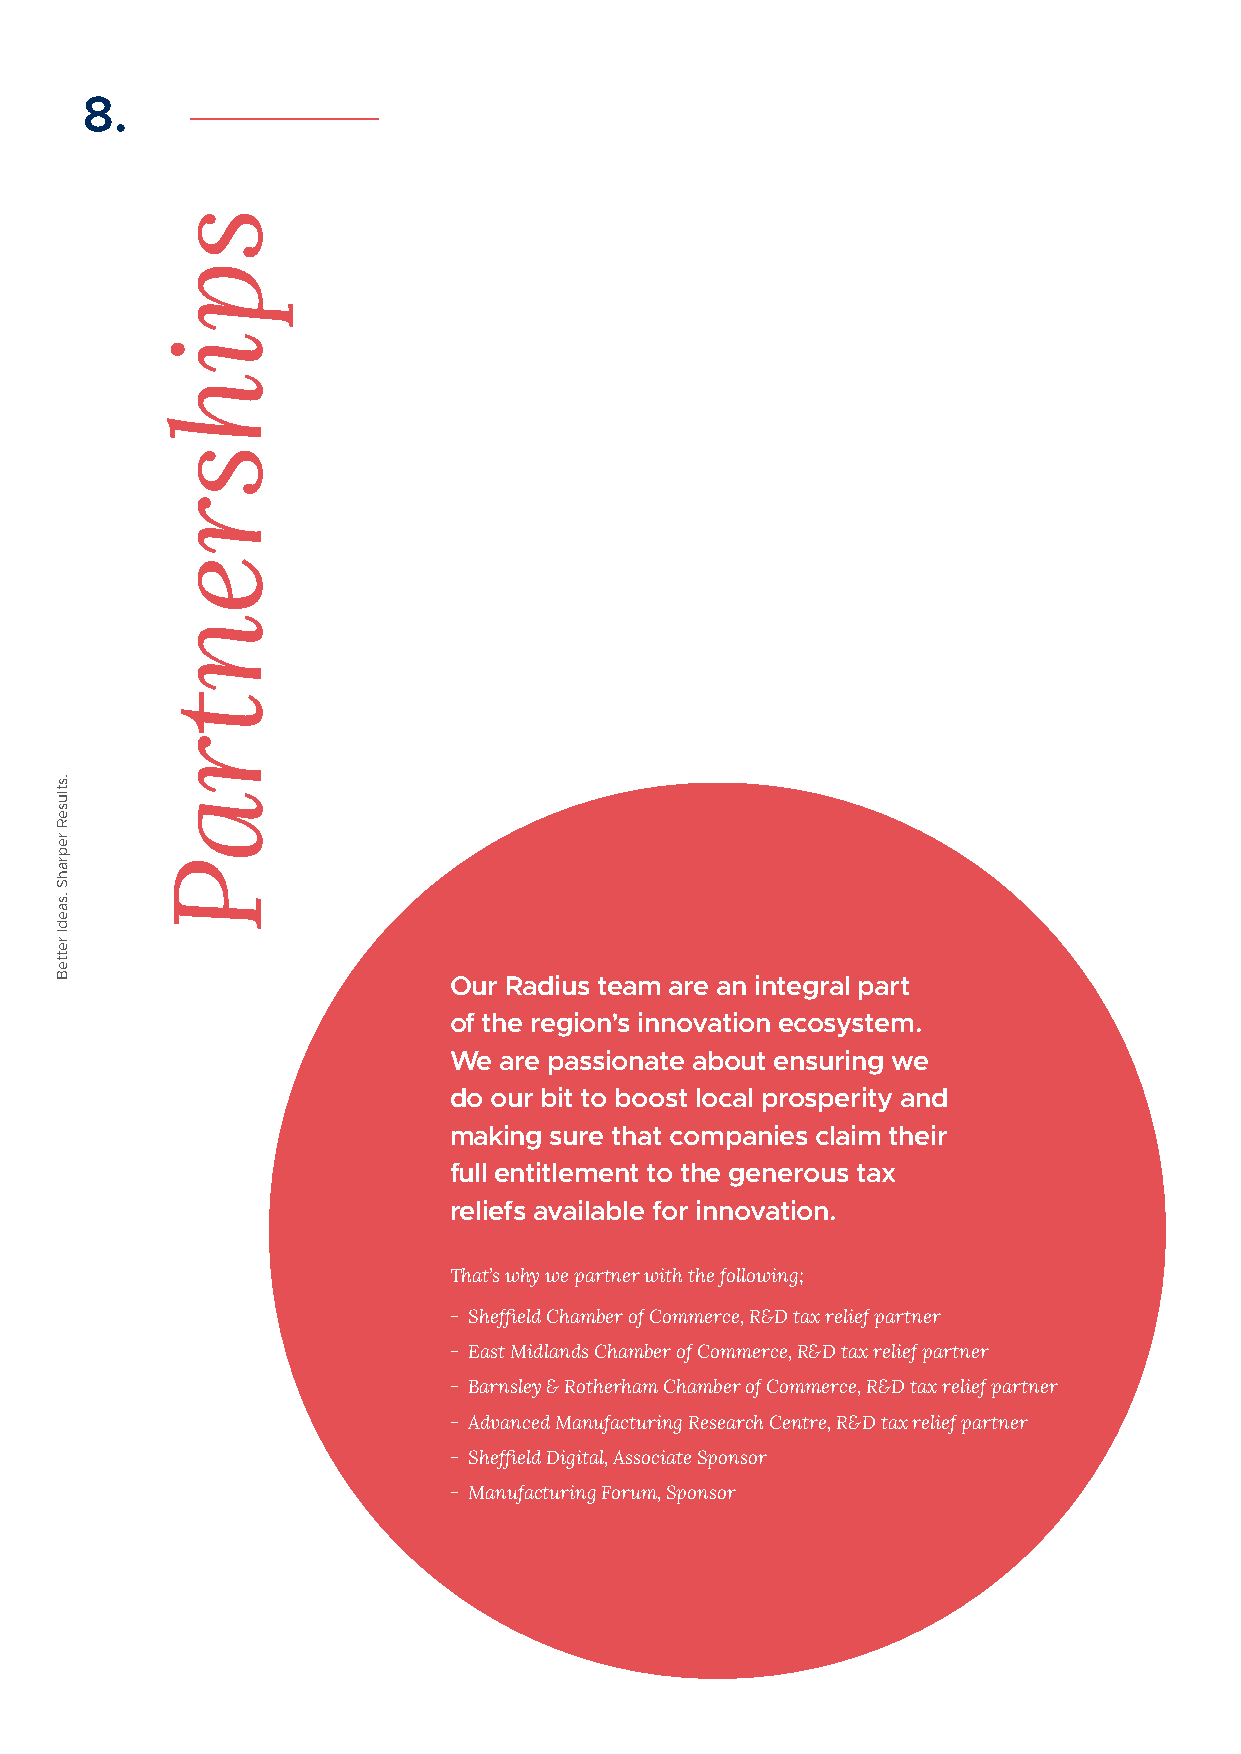
8.
 Our Radius team are an integral part
 of the region’s innovation ecosystem.
 We are passionate about ensuring we
 do our bit to boost local prosperity and
 making sure that companies claim their
 full entitlement to the generous tax
 reliefs available for innovation.
 That’s why we partner with the following;
 - Sheffield Chamber of Commerce, R&D tax relief partner
 - East Midlands Chamber of Commerce, R&D tax relief partner
 - Barnsley & Rotherham Chamber of Commerce, R&D tax relief partner
 - Advanced Manufacturing Research Centre, R&D tax relief partner
 - Sheffield Digital, Associate Sponsor
 - Manufacturing Forum, Sponsor
 .stluseR
 reprahS
 .saedI
 retteB
 spihsrentraP